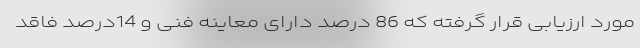
مورد ارزیابی قرار گرفته که 86 درصد دارای معاینه فنی و 14درصد فاقد